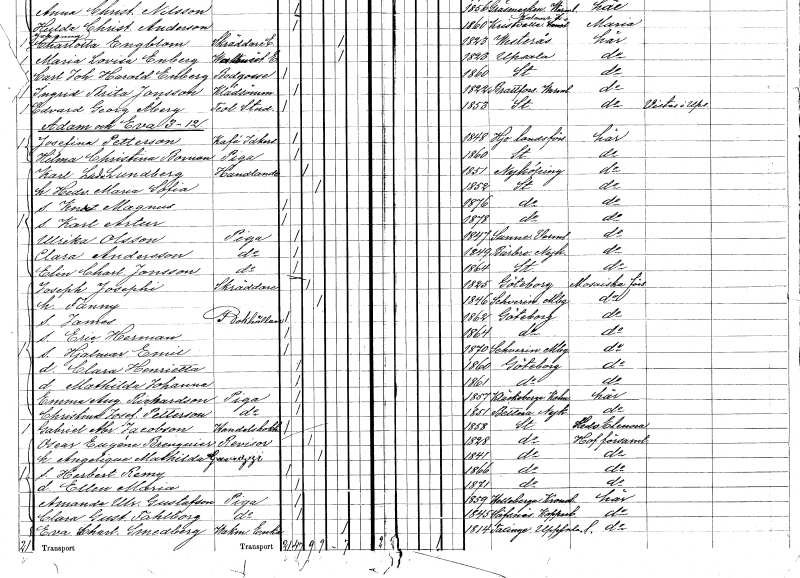
gt_parse: households: individuals: FN: Knut Magnus
KON: M
CIV: O
FODAR: 1876
FODFORS: Stockholm
FN: Karl Artur
KON: M
CIV: O
FODAR: 1878
FODFORS: Stockholm
FN: Ulrika
EN: Olsson
YRKE: Piga
KON: K
CIV: O
FODAR: 1847
FODFORS: Sunne Värmlands län
FN: Clara
EN: Andersson
YRKE: Piga
KON: K
CIV: O
FODAR: 1849
FODFORS: Bärbo Södermanlands län
FN: Elin Charlotta
EN: Jonsson
YRKE: Piga
KON: K
CIV: O
FODAR: 1864
FODFORS: Stockholm
FN: Joseph
EN: Josephi
YRKE: Skräddare
KON: M
CIV: G
FODAR: 1825
FODFORS: Göteborg Göteborgs- och Bohuslän
FN: Fanny
KON: K
CIV: G
FODAR: 1846
FN: James
YRKE: Bokhållare
KON: M
CIV: O
FODAR: 1862
FODFORS: Göteborg Göteborgs- och Bohuslän
FN: Eric Herman
KON: M
CIV: O
FODAR: 1864
FODFORS: Göteborg Göteborgs- och Bohuslän
FN: Hjalmar Emil
KON: M
CIV: O
FODAR: 1870
FN: Clara Henrietta
KON: K
CIV: O
FODAR: 1860
FODFORS: Göteborg Göteborgs- och Bohuslän
FN: Mathilda Johanna
KON: K
CIV: O
FODAR: 1861
FODFORS: Göteborg Göteborgs- och Bohuslän
FN: Emma Augusta
EN: Richardson
YRKE: Piga
KON: K
CIV: O
FODAR: 1857
FODFORS: Kläckeberga Kalmar län
FN: Christina Josefina
EN: Petterson
YRKE: Piga
KON: K
CIV: O
FODAR: 1851
FODFORS: Bettna Södermanlands län
FN: Gabriel Abraham
EN: Jacobson
YRKE: Handelsbokhållare
KON: M
CIV: O
FODAR: 1858
FODFORS: Stockholm
FN: Oscar Eugéne
EN: Brenguier
YRKE: Revisor
KON: M
CIV: G
FODAR: 1828
FODFORS: Stockholm
FN: Angelique Mathilda
EN: Gavuzzi
KON: K
CIV: G
FODAR: 1841
FODFORS: Stockholm
FN: Herbert Remy
KON: M
CIV: O
FODAR: 1866
FODFORS: Stockholm
FN: Ellen Maria
KON: K
CIV: O
FODAR: 1871
FODFORS: Stockholm
FN: Amanda Ulrika
EN: Gustafson
YRKE: Piga
KON: K
CIV: O
FODAR: 1859
FODFORS: Hälleberga Kalmar län
FN: Clara Gustafva
EN: Fahlborg
YRKE: Piga
KON: K
CIV: O
FODAR: 1845
FODFORS: Säfsnäs Kopparbergs län
FN: Eva Charlotta
EN: Smedberg
YRKE: Vaktmästareänka
KON: K
CIV: E
FODAR: 1814
FODFORS: Taxinge Stockholms län